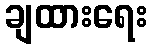
ချထားရေး